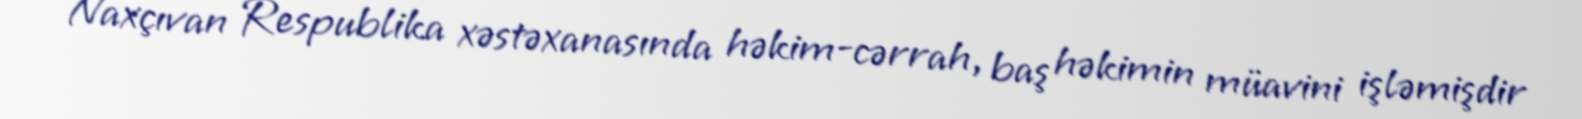
Naxçıvan Respublika xəstəxanasında həkim-cərrah, baş həkimin müavini işləmişdir